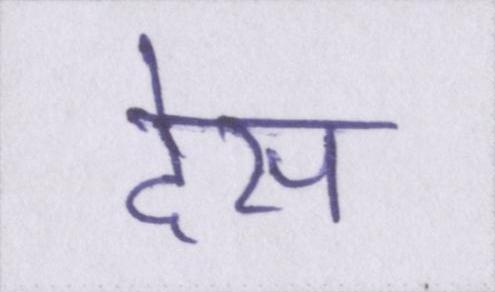
देस